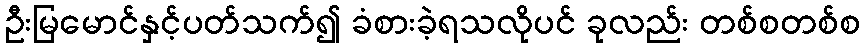
ဦးမြမောင်နှင့်ပတ်သက်၍ ခံစားခဲ့ရသလိုပင် ခုလည်း တစ်စတစ်စ